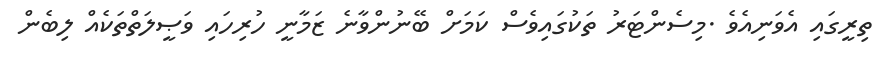
ތިރީގައި އެވަނިއެވެ .މިސެންޓަރު ތަކުގައިވެސް ކަމަށް ބޭނުންވާނެ ޒަމާނީ ހުރިހައި ވަޞީލަތްތަކެއް ލިބެން